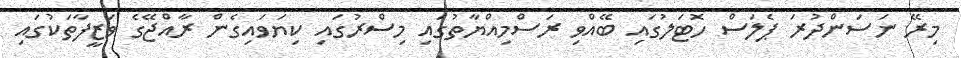
މިރޭ ނަސަންދުރަ ޕެލަސް ހޮޓަލުގައި ބޭއްވި ރަސްމިއްޔާތުގައި މިސްރުގައި ކިޔަވައިގެން ރާއްޖޭގެ ވަޒީފާތަކުގައި